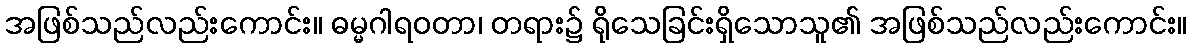
အဖြစ်သည်လည်းကောင်း။ ဓမ္မဂါရဝတာ၊ တရား၌ ရိုသေခြင်းရှိသောသူ၏ အဖြစ်သည်လည်းကောင်း။